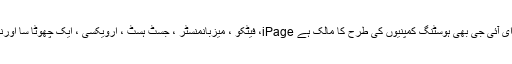
لیکن وہ دونوں معاون ہیں برداشت کی بین الاقوامی گروپ (ای آئی جی). ای آئی جی بھی ہوسٹنگ کمپنیوں کی طرح کا مالک ہے iPage، فیٹکو ، میزبانمنسٹر ، جسٹ ہسٹ ، ارویکسی ، ایک چھوٹا سا اورنج ، سائٹ 5 ، ای ہوسٹ اور زیادہ چھوٹے ویب میزبانوں کا ایک گروپ۔